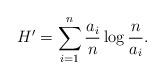
LaTeX: \begin{align*} H' = \sum_{i=1}^n \frac{a_i}n \log \frac{n}{a_i}.\end{align*}